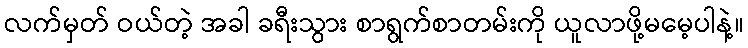
လက်မှတ် ဝယ်တဲ့ အခါ ခရီးသွား စာရွက်စာတမ်းကို ယူလာဖို့မမေ့ပါနဲ့။